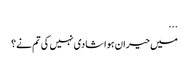
...
میں حیران ہوا شادی نہیں کی تم نے؟